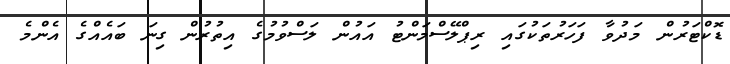
ޑޮކްޓަރުން މަދުވާ ފަހަރުތަކުގައި ރިޕްލޭސްމަންޓު އައުން ލަސްވުމުގެ އިތުރުން ގިނަ ބައެއްގެ އެންމެ